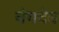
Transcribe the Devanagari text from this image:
चंगदेव